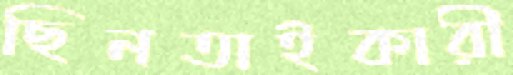
ছিনতাইকারী